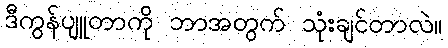
ဒီကွန်ပျူတာကို ဘာအတွက် သုံးချင်တာလဲ။